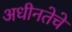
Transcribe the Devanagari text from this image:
अधीनतेचे